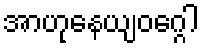
အာဟုနေယျဝဂ္ဂေါ